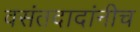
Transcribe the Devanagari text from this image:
वसंतदादांनीच